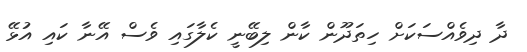
ދާ ދިވެއްސަކަށް ހިތަދޫން ކާން ލިބޭނީ ކެލާގައި ވެސް އޭނާ ކައި އުޅޭ